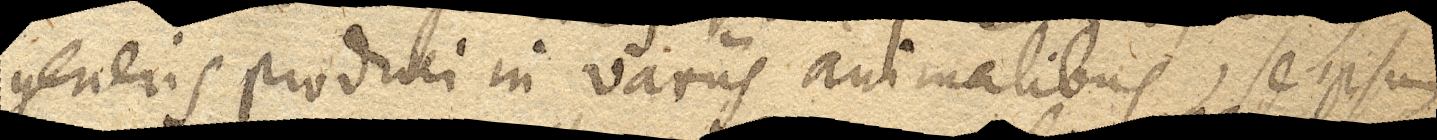
generis produci in variis animalibus, se ipsum